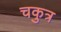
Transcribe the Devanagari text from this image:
चकुत्र